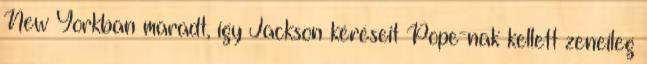
New Yorkban maradt, így Jackson kéréseit Pope-nak kellett zeneileg